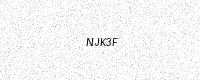
Text: NJK3F